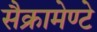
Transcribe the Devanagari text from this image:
सैक्रामेण्टे